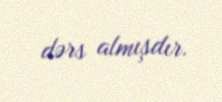
dərs almışdır.